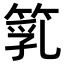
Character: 𥯇